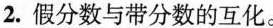
2. 假分数与带分数的互化。